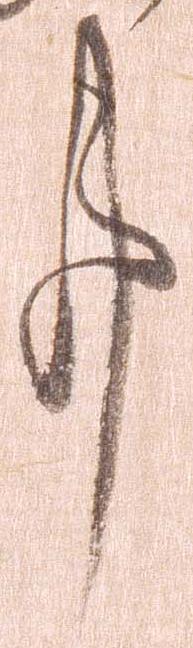
事